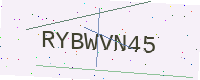
Text: RYBWVN45